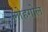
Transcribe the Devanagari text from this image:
लोहगोल